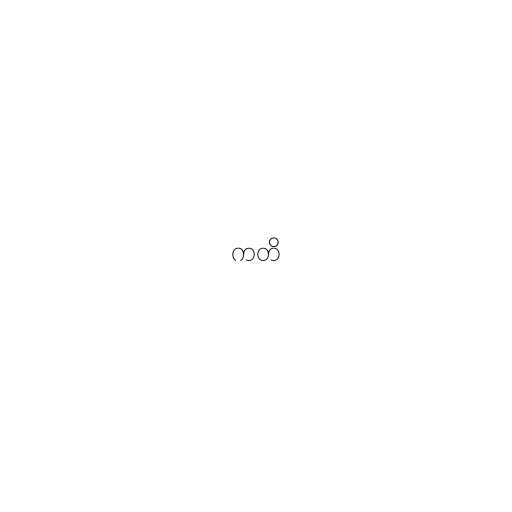
ကတိ